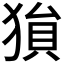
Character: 𪻅